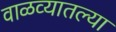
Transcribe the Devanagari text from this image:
वाळव्यातल्या